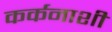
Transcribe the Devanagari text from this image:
कर्कनाशी